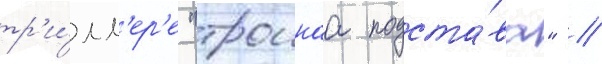
тр'и́лл'ер'е "троинаа подста́ва" //